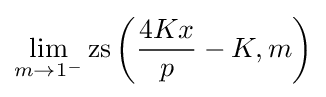
\lim _{m\rightarrow 1^{-}}\operatorname {zs} \left({\frac {4Kx}{p}}-K,m\right)